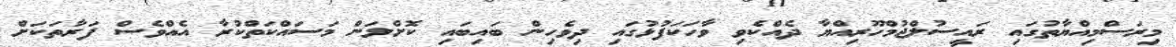
މިރަސްމިއްޔާތުގައި ރައީސުލްޖުމްހޫރިއްޔާ ދެއްކެވި ވާހަކަފުޅުގައި ދިވެހިން ބައިބައި ކޮށްލަން މަސައްކަތްކުރާ އެއްވެސް ފަރާތަކަށް